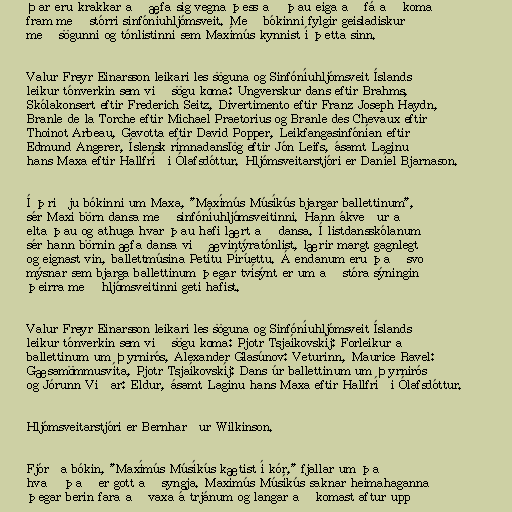
Þar eru krakkar að æfa sig vegna þess að þau eiga að fá að koma
fram með stórri sinfóníuhljómsveit. Með bókinni fylgir geisladiskur
með sögunni og tónlistinni sem Maxímús kynnist í þetta sinn.

Valur Freyr Einarsson leikari les söguna og Sinfóníuhljómsveit Íslands
leikur tónverkin sem við sögu koma: Ungverskur dans eftir Brahms,
Skólakonsert eftir Frederich Seitz, Divertimento eftir Franz Joseph Haydn,
Branle de la Torche eftir Michael Praetorius og Branle des Chevaux eftir
Thoinot Arbeau, Gavotta eftir David Popper, Leikfangasinfónían eftir
Edmund Angerer, Íslensk rímnadanslög eftir Jón Leifs, ásamt Laginu
hans Maxa eftir Hallfríði Ólafsdóttur. Hljómsveitarstjóri er Daníel Bjarnason.

Í þriðju bókinni um Maxa, "Maxímús Músíkús bjargar ballettinum",
sér Maxi börn dansa með sinfóníuhljómsveitinni. Hann ákveður að
elta þau og athuga hvar þau hafi lært að dansa. Í listdansskólanum
sér hann börnin æfa dansa við ævintýratónlist, lærir margt gagnlegt
og eignast vin, ballettmúsina Petítu Pírúettu. Á endanum eru það svo
mýsnar sem bjarga ballettinum þegar tvísýnt er um að stóra sýningin
þeirra með hljómsveitinni geti hafist.

Valur Freyr Einarsson leikari les söguna og Sinfóníuhljómsveit Íslands
leikur tónverkin sem við sögu koma: Pjotr Tsjaíkovskíj: Forleikur að
ballettinum um Þyrnirós, Alexander Glasúnov: Veturinn, Maurice Ravel:
Gæsamömmusvíta, Pjotr Tsjaíkovskíj: Dans úr ballettinum um Þyrnirós
og Jórunn Viðar: Eldur, ásamt Laginu hans Maxa eftir Hallfríði Ólafsdóttur.

Hljómsveitarstjóri er Bernharður Wilkinson.

Fjórða bókin, "Maxímús Músíkús kætist í kór," fjallar um það
hvað það er gott að syngja. Maxímús Músíkús saknar heimahaganna
þegar berin fara að vaxa á trjánum og langar að komast aftur upp